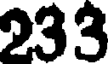
233